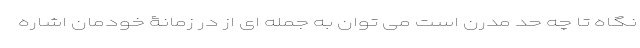
نگاه تا چه حد مدرن است می توان به جمله ای از در زمانۀ خودمان اشاره